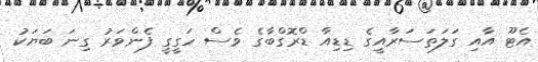
އެޓޫ އާއި ގަލަތަސަރާއީގެ ޑިޑިއާ ޑްރޮގްބާގެ ވެސް ހަގީގީ ފެންވަރު ގިނަ ބަޔަކު